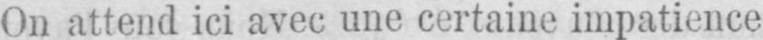
On attend ici avec une certaine impatience